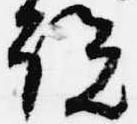
説